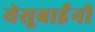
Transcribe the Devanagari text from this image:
येसूबाईंनी